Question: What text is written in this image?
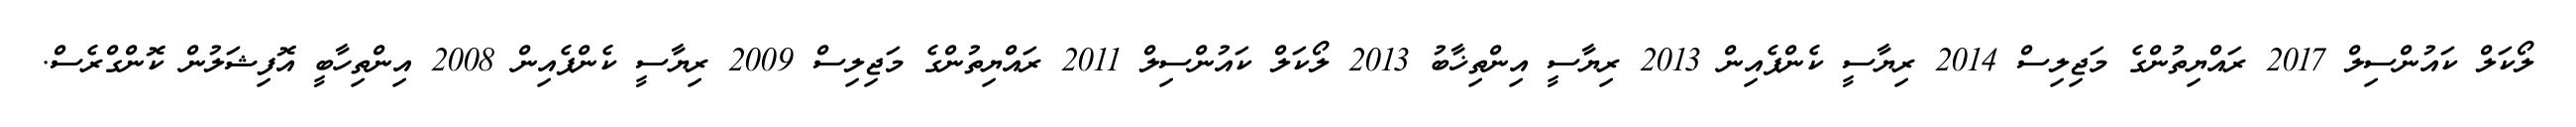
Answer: ލޯކަލް ކައުންސިލް 2017 ރައްޔިތުންގެ މަޖިލިސް 2014 ރިޔާސީ ކެންޕެއިން 2013 ރިޔާސީ އިންތިޚާބު 2013 ލޯކަލް ކައުންސިލް 2011 ރައްޔިތުންގެ މަޖިލިސް 2009 ރިޔާސީ ކެންޕެއިން 2008 އިންތިހާބީ އޮފިޝަލުން ކޮންގްރެސް.